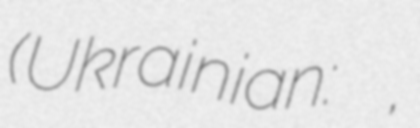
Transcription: (Ukrainian: Замістя,